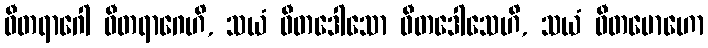
ဝီတရာဂေါ ဝီတရာဂေဟိ, သယံ ဝီတဒေါသော ဝီတဒေါသေဟိ, သယံ ဝီတမောဟော